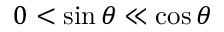
0 < \sin { \theta } \ll \cos { \theta }